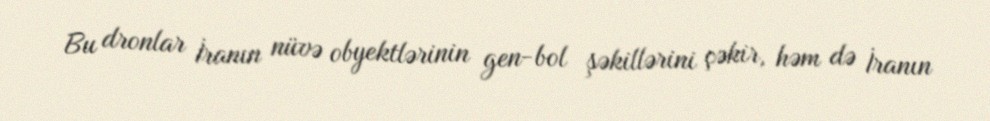
Bu dronlar İranın nüvə obyektlərinin gen-bol şəkillərini çəkir, həm də İranın